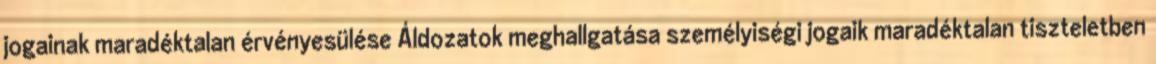
jogainak maradéktalan érvényesülése Áldozatok meghallgatása személyiségi jogaik maradéktalan tiszteletben